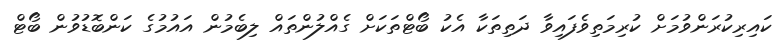
ކައިރިކުރަންވުމަށް ކުރިމަތިވެފައިވާ ދަތިތަކާ އެކު ބޯޓްތަކަށް ގެއްލުންތައް ލިބެމުން އައުމުގެ ކަންބޮޑުވުން ބޯޓް